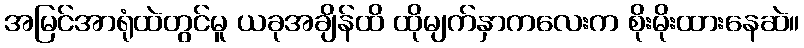
အမြင်အာရုံထဲတွင်မူ ယခုအချိန်ထိ ထိုမျက်နှာကလေးက စိုးမိုးထားနေဆဲ။